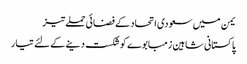
یمن میں سعودی اتحاد کے فضائی حملے تیز
پاکستانی شاہین زمبابوے کوشکست دینے کے لئے تیار